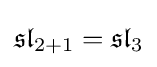
{\mathfrak {sl}}_{2+1}={\mathfrak {sl}}_{3}